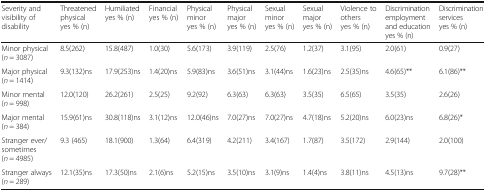
<table><thead><tr><td><b>Severity and visibility of disability</b></td><td><b>Threatened physical yes % (n)</b></td><td><b>Humiliated yes % (n)</b></td><td><b>Financial yes % (n)</b></td><td><b>Physical minor yes % (n)</b></td><td><b>Physical major yes % (n)</b></td><td><b>Sexual minor yes % (n)</b></td><td><b>Sexual major yes % (n)</b></td><td><b>Violence to others yes % (n)</b></td><td><b>Discrimination employment and education yes % (n)</b></td><td><b>Discrimination services yes % (n)</b></td></tr></thead><tbody><tr><td>Minor physical (<i>n</i> = 3087)</td><td>8.5(262)</td><td>15.8(487)</td><td>1.0(30)</td><td>5.6(173)</td><td>3.9(119)</td><td>2.5(76)</td><td>1.2(37)</td><td>3.1(95)</td><td>2.0(61)</td><td>0.9(27)</td></tr><tr><td>Major physical (<i>n</i> = 1414)</td><td>9.3(132)ns</td><td>17.9(253)ns</td><td>1.4(20)ns</td><td>5.9(83)ns</td><td>3.6(51)ns</td><td>3.1(44)ns</td><td>1.6(23)ns</td><td>2.5(35)ns</td><td>4.6(65)**</td><td>6.1(86)**</td></tr><tr><td>Minor mental (<i>n</i> = 998)</td><td>12.0(120)</td><td>26.2(261)</td><td>2.5(25)</td><td>9.2(92)</td><td>6.3(63)</td><td>6.3(63)</td><td>3.5(35)</td><td>6.5(65)</td><td>3.5(35)</td><td>2.6(26)</td></tr><tr><td>Major mental (<i>n</i> = 384)</td><td>15.9(61)ns</td><td>30.8(118)ns</td><td>3.1(12)ns</td><td>12.0(46)ns</td><td>7.0(27)ns</td><td>7.0(27)ns</td><td>4.7(18)ns</td><td>5.2(20)ns</td><td>6.0(23)ns</td><td>6.8(26)*</td></tr><tr><td>Stranger ever/sometimes(<i>n</i> = 4985)</td><td>9.3 (465)</td><td>18.1(900)</td><td>1.3(64)</td><td>6.4(319)</td><td>4.2(211)</td><td>3.4(167)</td><td>1.7(87)</td><td>3.5(172)</td><td>2.9(144)</td><td>2.0(100)</td></tr><tr><td>Stranger always (<i>n</i> = 289)</td><td>12.1(35)ns</td><td>17.3(50)ns</td><td>2.1(6)ns</td><td>5.2(15)ns</td><td>3.5(10)ns</td><td>3.1(9)ns</td><td>1.4(4)ns</td><td>3.8(11)ns</td><td>4.5(13)ns</td><td>9.7(28)**</td></tr></tbody></table>